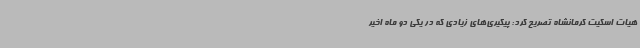
هیات اسکیت کرمانشاه تصریح کرد: پیگیری‌های زیادی که در یکی دو ماه اخیر